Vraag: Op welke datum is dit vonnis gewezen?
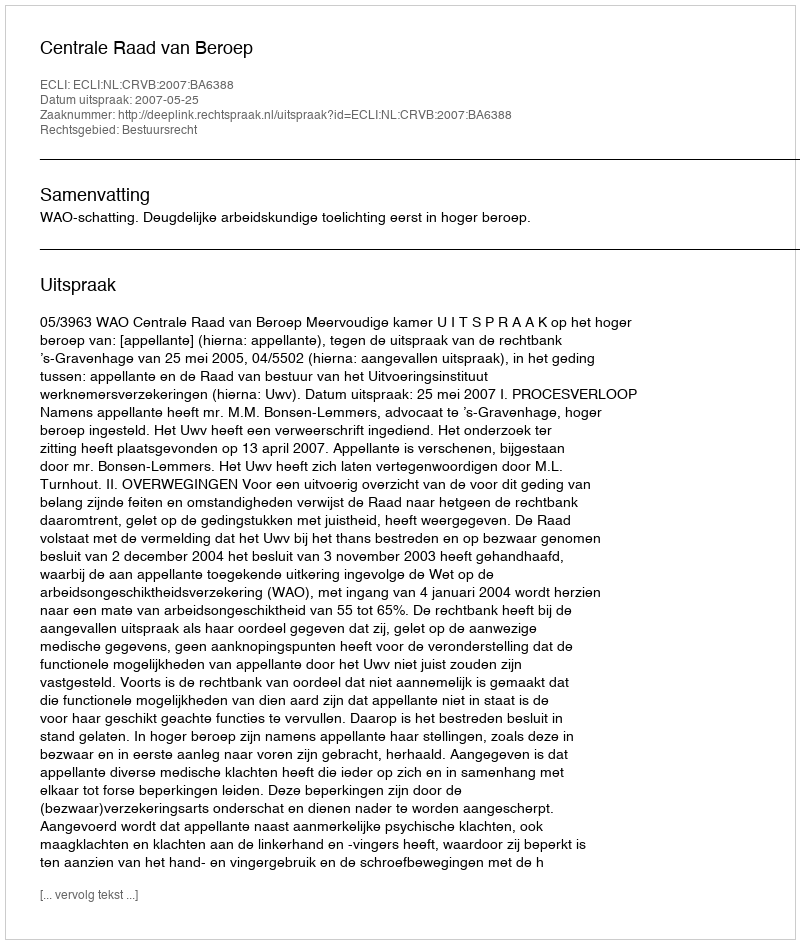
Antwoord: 2007-05-25